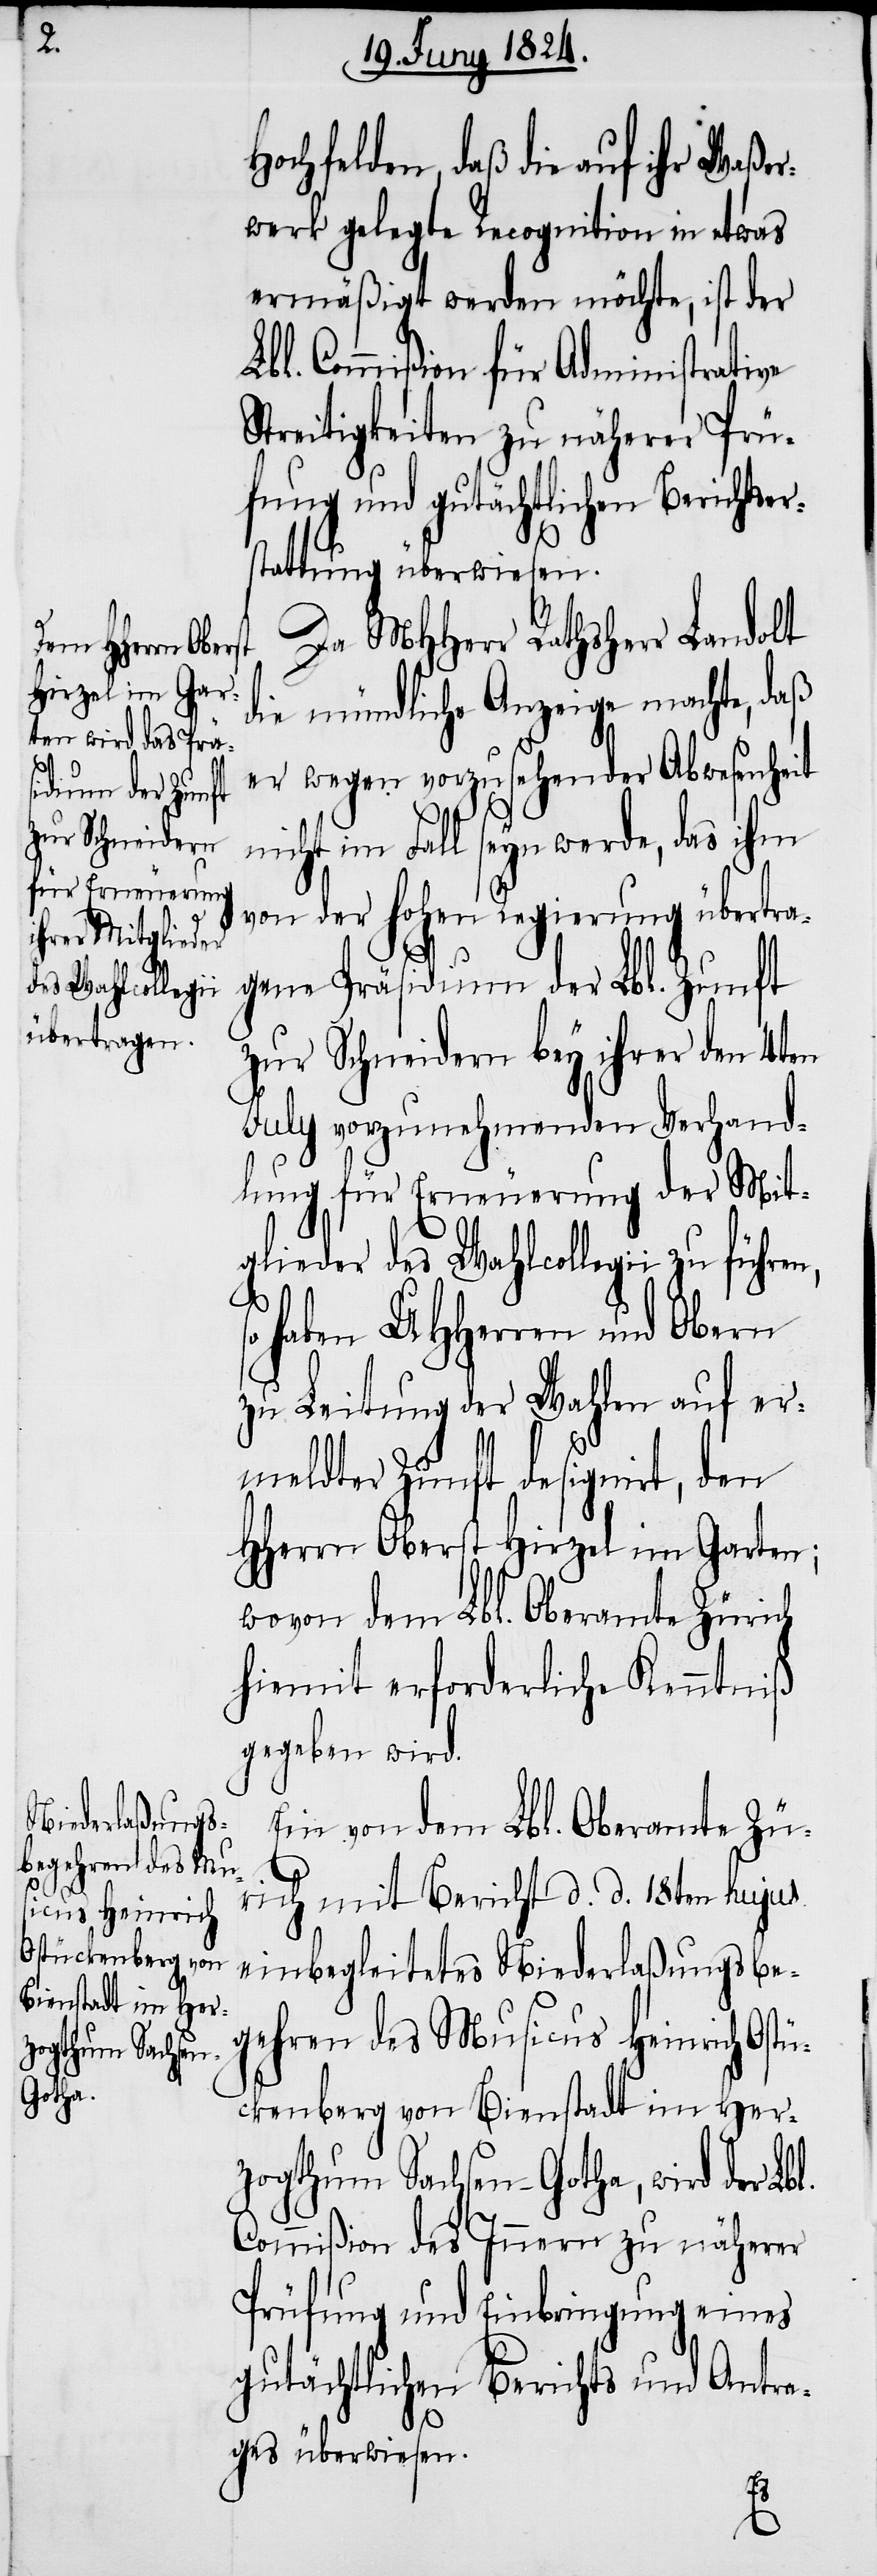
Hochfelden, daß die auf ihr Waßer¬
werk gelegte Recognition in etwas
ermäßigt werden möchte, ist der
Lbl. Commißion für Administrative
Streitigkeiten zu näherer Prü¬
fung und gutächtlicher Berichtser¬
stattung überwiesen.
Da MHHerr Rathsherr Landolt
die mündliche Anzeige machte, daß
er wegen vorzusehender Abwesenheit
nicht im Fall seyn werde, das ihm
von der hohen Regierung übertra¬
gene Präsidium der Lbl. Zunft
zur Schneidern bey ihrer den 4ten
July vorzunehmenden Verhand¬
lung für Erneuerung der Mit¬
glieder des Wahlcollegii zu führe¬
so haben UHHerren und Obern
zu Leitung der Wahlen auf er¬
meldter Zunft designirt, den
HHerrn Oberst Hirzel im Garten;
wovon dem Lbl. Oberamte Zürich
hiemit erforderliche Kenntniß
gegeben wird.
Ein von dem Lbl. Oberamte Zü¬
rich mit Bericht d. d. 18ten hujus
einbegleitetes Niederlaßungsbe¬
gehren des Musicus Heinrich Ostü¬
ckenberg von Bienstadt im Her¬
zogthum Sachsen-Gotha, wird der Lbl.
Commißion des Innern zu näherer
Prüfung und Einbringung eines
gutächtlichen Berichts und Antra¬
ges überwiesen.
n,